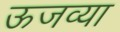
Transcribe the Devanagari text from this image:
ऊजव्या